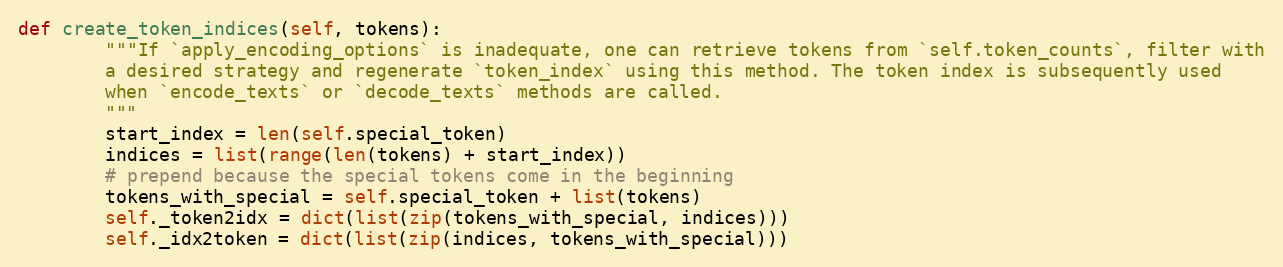
Language: Python
def create_token_indices(self, tokens):
        """If `apply_encoding_options` is inadequate, one can retrieve tokens from `self.token_counts`, filter with
        a desired strategy and regenerate `token_index` using this method. The token index is subsequently used
        when `encode_texts` or `decode_texts` methods are called.
        """
        start_index = len(self.special_token)
        indices = list(range(len(tokens) + start_index))
        # prepend because the special tokens come in the beginning
        tokens_with_special = self.special_token + list(tokens)
        self._token2idx = dict(list(zip(tokens_with_special, indices)))
        self._idx2token = dict(list(zip(indices, tokens_with_special)))